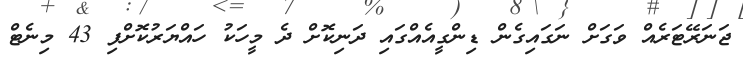
ޖަނަރޭޓަރެއް ވަގަށް ނަގައިގެން ޑިންގީއެއްގައި ދަނިކޮށް ދެ މީހަކު ހައްޔަރުކޮށްފި 43 މިނެޓް